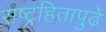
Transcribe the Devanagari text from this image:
राष्ट्रहितापुढे